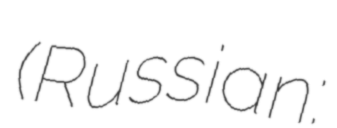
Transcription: (Russian: